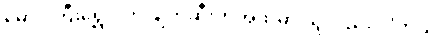
မောင်ကြီးရွှေဝါကို ဖျက်ဆီးတဲ့အထဲမှာ သူလည်း ပါတယ်